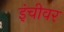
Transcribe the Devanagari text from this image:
इंचीवर